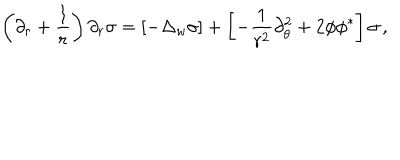
LaTeX: \left( \partial _ { r } + \frac 1 r \right) \partial _ { r } \sigma = \left[ - \Delta _ { w } \sigma \right] + \left[ - \frac 1 { r ^ { 2 } } \partial _ { \theta } ^ { 2 } + 2 \phi \phi ^ { * } \right] \sigma \, ,